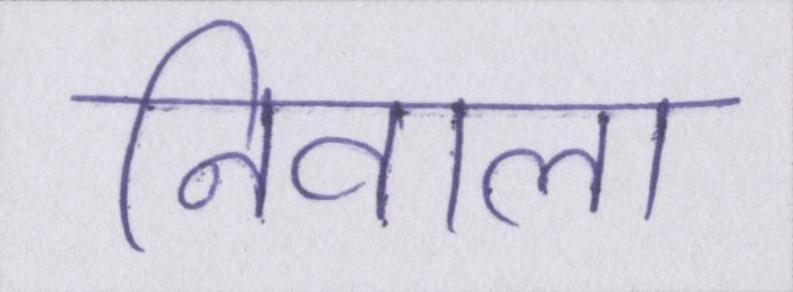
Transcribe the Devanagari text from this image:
निवाला